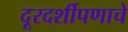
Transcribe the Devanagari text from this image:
दूरदर्शीपणाचे